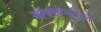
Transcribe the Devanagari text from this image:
बॉश्खेनदाल